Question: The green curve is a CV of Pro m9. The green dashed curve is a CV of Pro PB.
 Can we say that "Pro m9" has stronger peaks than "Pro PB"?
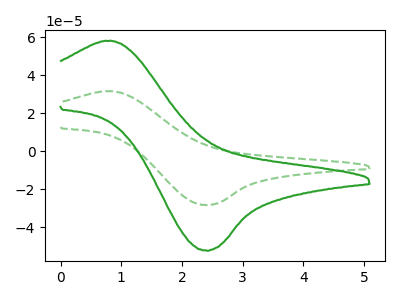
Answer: <think>The green curve "Pro m9" has an anodic peak at (0.85V, 57.85uA) and a cathodic peak at (2.40V, -52.40uA). The green dashed curve "Pro PB" has an anodic peak at (0.85V, 31.45uA) and a cathodic peak at (2.40V, -28.45uA).</think>
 <answer>Every peak in "Pro m9" is higher than every peak in "Pro PB".</answer>
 <eval>higher</eval>